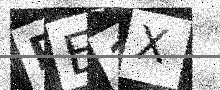
Text: PE1X